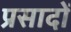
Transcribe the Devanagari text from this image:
प्रसादों